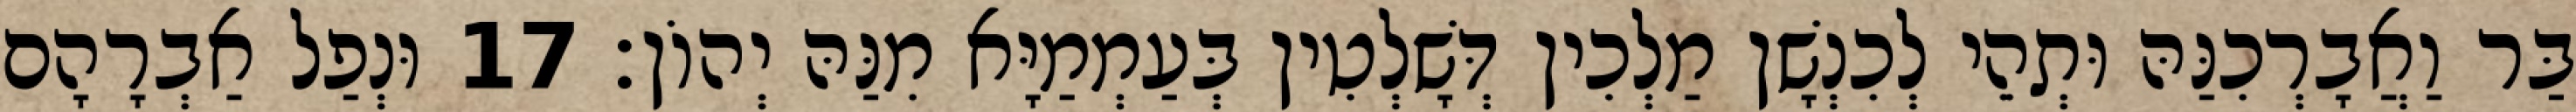
בַּר וַאֲבָרְכִנַּהּ וּתְהֵי לְכִנְשָׁן מַלְכִין דְּשָׁלְטִין בְּעַמְמַיָּא מִנַּהּ יְהוֹן׃ 17 וּנְפַל אַבְרָהָם